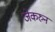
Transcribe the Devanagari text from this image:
जेकरुन